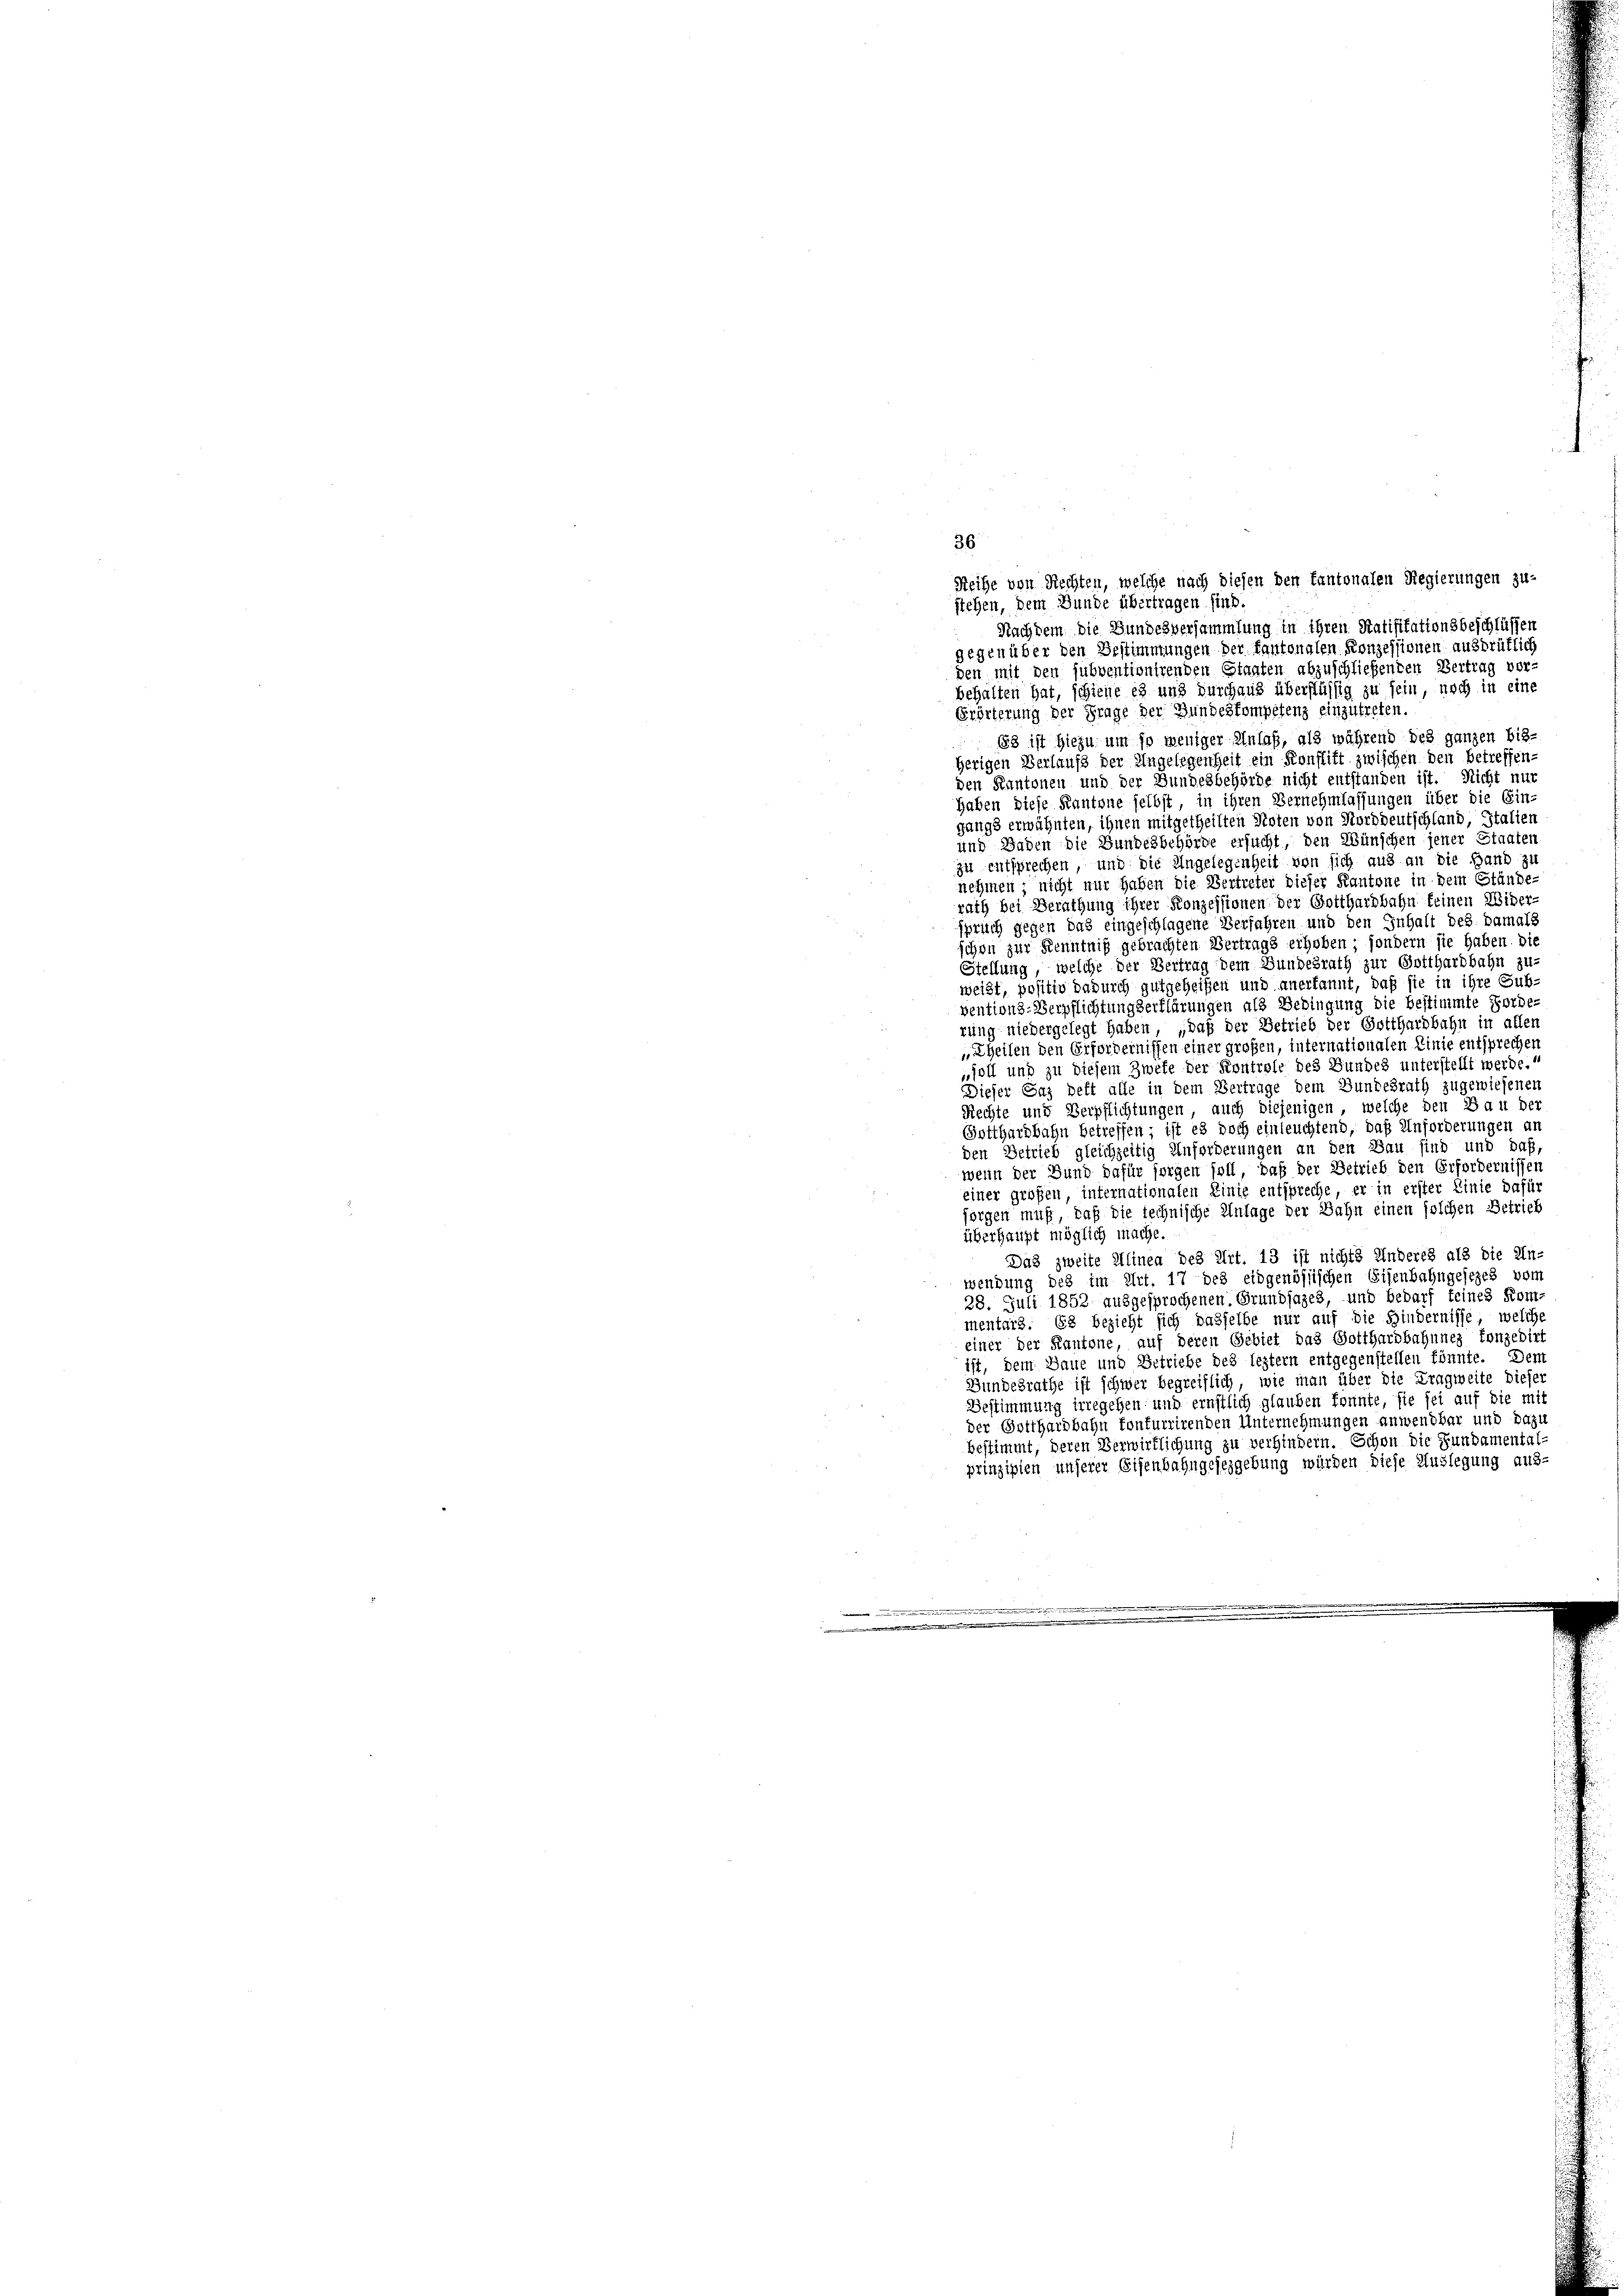
stehen, dem Bunde übertragen sind.
Nachdem die Bundesversammlung in ihren Ratifikationsbeschlüssen
gegenüber den Bestimmungen der Kantonalen Konzessionen ausdrüklich
den mit den subventionirenden Stagten abzuschließenden Vertrag vor-
behalten hat, schiene es und Durchaus überflüssig zu sein, noch in eine
Erörterung der Frage der Bundeskompetenz einzutreten.
68 ist hiezu um so weniger Anlaß, als während des ganzen bisherigen Verlaufs der Angelegenheit ein Konstift zwischen den betreffen-
den Kantonen und der Bundesbehörde nicht entstanden ist. Nicht nur
haben diese Kantone selbst, in ihren Vernehmlassungen über die Ein-
gangs erwähnten, ihnen mitgetheilten Noten von Norddeutschland, Italien
und Baden die Bundesbehörde ersucht, den Wünschen jener Staaten
zu entsprechen, und die Angelegenheit von sich aus an die Hand zu
nehmen; nicht nur haben die Vertreter dieser Kantone in dem Stände-
rath bei Berathung ihrer Konzessionen der Gotthardbahn feinen Wider-
spruch gegen das eingeschlagene Verfahren und den Inhalt des Damals
schon zur Kenntniß gebrachten Vertrags erhoben; sondern sie haben. Die
Stellung, welche der Vertrag dem Bundesrath zur Gotthardbahn zu-
weißt, positiv dadurch gutgeheißen und anerkannt, daß sie in ihre Sub-
ventions-Verpflichtungserklärungen als Bedingung die bestimmte Forde-
rung niedergelegt haben, „daß der Betrieb der Gotthardbahn in allen
„theilen den Erfordernissen einer großen, internationalen Linie entsprechen
„soll und zu diesem Zwete der Kontrole des Bundes unterstellt werde.“
Dieser Gaz beft alle in dem Vertrage dem Bundesrath zugewiesenen
Rechte und Verpflichtungen, auch diejenigen, welche den Bau der
Gotthardbahn betreffen; ist es doch einleuchtend, daß Anforderungen an
den Betrieb gleichzeitig Anforderungen an den Bau sind und daß,
wenn der Bund dafür sorgen soll, daß der Betrieb den Erfordernissen
einer großen, internationalen Linie entspreche, er in erster Linie dafür
sorgen muß, daß die technische Antage der Bahn einen solchen Betrieb
überhaupt möglich mache.
Das zweite Alinea des Art. 13 ist nichts Anderes als die Un-
wendung des im Art. 17 des eidgenössischen Eisenbahngesezes vom
28. Juli 1852 ausgesprochenen Grundjazes, und bedarf keines Kom-
mentars. Es bezieht sich dasselbe nur auf die Hindernisse, welche
einer der Kantone auf deren Gebiet das Gotthardbahnnes konzedirt
ist, dem Baue und Betriebe des leztern entgegenstellen könnte. Dem
Bundesrathe ist schwer begreiflich, wie man über die Tragweite dieser
Bestimmung irregehen und ernstlich glauben konnte, sie sei auf die mit
der Gotthardbahn konfurrirenden Unternehmungen anwendbar und dazu
bestimmt, deren Verwirklichung zu verhindern. Schon die Fundamental-
prinzipien unserer Eisenbahngesezgebung würden diese Auslegung aus-
 der
.

36
Reihe von Rechten, welche nach diesen den kantonalen Regierungen zu-